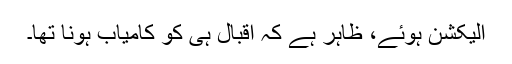
الیکشن ہوئے، ظاہر ہے کہ اقبال ہی کو کامیاب ہونا تھا۔